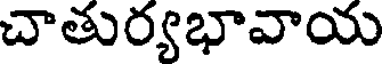
చాతుర్యభావాయ